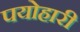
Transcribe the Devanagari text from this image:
पयोहारी